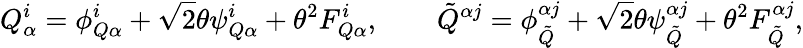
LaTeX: Q_{\alpha}^{i}=\phi_{Q\alpha}^{i}+\sqrt{2}\theta\psi_{Q\alpha}^{i}+\theta^{2}F_{Q\alpha}^{i},\qquad{\tilde{Q}}^{\alpha j}=\phi_{\tilde{Q}}^{\alpha j}+\sqrt{2}\theta\psi_{\tilde{Q}}^{\alpha j}+\theta^{2}F_{\tilde{Q}}^{\alpha j},